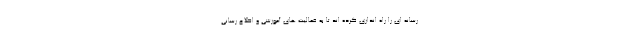
رسانه ای را راه اندازی کرده اند تا به فعالیت های آموزشی و اطلاع رسانی